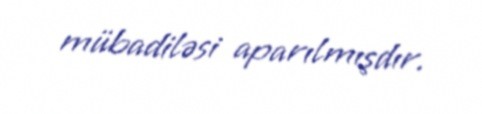
mübadiləsi aparılmışdır.